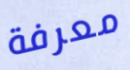
معرفة